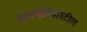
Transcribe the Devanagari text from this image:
सबपेरीयोस्टील